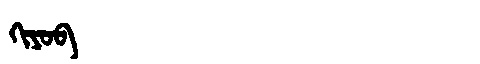
Manchu: ᡴᡳᠶᠣᠪ
Romanization: KIYOB